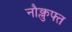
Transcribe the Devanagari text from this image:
नौक्लुफ्त